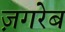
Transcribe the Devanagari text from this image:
ज़गरेब